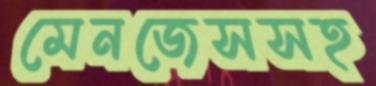
মেনজেসসহ